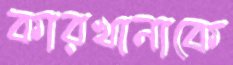
কারখানাকে